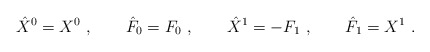
\begin{align*}\hat X^0 =X^0\ , \qquad \hat F_0 = F_0\ , \qquad \hat X^1 = - F_1\ , \qquad \hat F_1 = X^1\ .\end{align*}